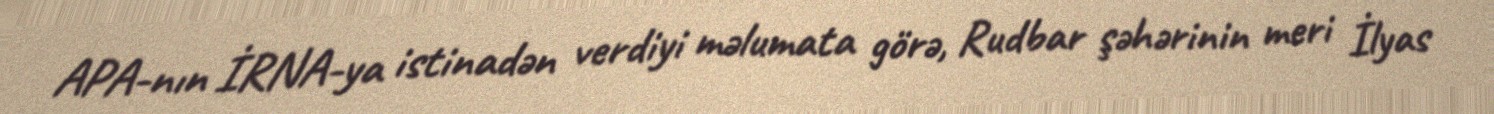
APA-nın İRNA-ya istinadən verdiyi məlumata görə, Rudbar şəhərinin meri İlyas